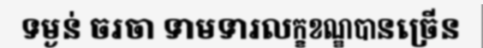
ទម្ងន់ ចរចា ទាមទារលក្ខខណ្ឌបានច្រើន